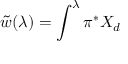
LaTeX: \tilde { w } ( \lambda ) = \int ^ { \lambda } \pi ^ { * } X _ { d }